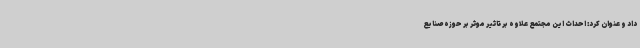
داد و عنوان کرد: احداث این مجتمع علاوه بر تاثیر موثر بر حوزه صنایع